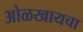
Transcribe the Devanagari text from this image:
ओळखायचा